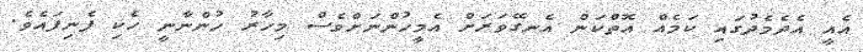
އެއީ އެދެމެދުގައި ކަމެއް އޮތްކަން އެނގޭވަރަށް އެމީހުންނަށްވެސް މިހާރު ހުންނާނީ ހެކި ފެނިފައެވެ.